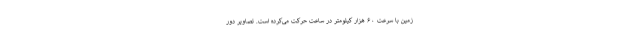
زمین با سرعت ۶۰ هزار کیلومتر در ساعت حرکت می‌کرده است. تصاویر دور